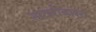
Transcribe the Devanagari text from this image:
स्पाइरोजाइरा